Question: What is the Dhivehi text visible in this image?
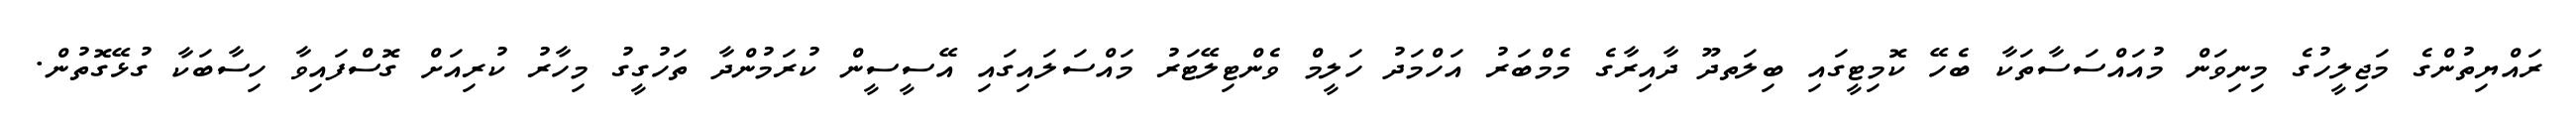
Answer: ރައްޔިތުންގެ މަޖިލީހުގެ މިނިވަން މުއައްސަސާތަކާ ބެހޭ ކޮމިޓީގައި ބިލަތދޫ ދާއިރާގެ މެމްބަރު އަހްމަދު ހަލީމް ވެންޓިލޭޓަރު މައްސަލައިގައި އޭސީސީން ކުރަމުންދާ ތަހުގީގު މިހާރު ކުރިއަށް ގޮސްފައިވާ ހިސާބަކާ ގުޅޭގޮތުން.